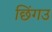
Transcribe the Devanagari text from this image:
छिंगउ